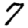
Digit: 7